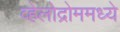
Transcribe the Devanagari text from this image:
व्हेलोद्रोममध्ये